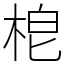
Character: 梎